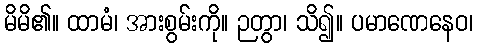
မိမိ၏။ ထာမံ၊ အားစွမ်းကို။ ဉတွာ၊ သိ၍။ ပမာဏေနေဝ၊